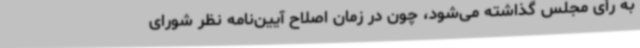
به رأی مجلس گذاشته می‌شود، چون در زمان اصلاح آیین‌نامه نظر شورای